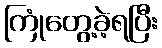
ကြုံတွေ့ခဲ့ရပြီး